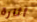
أثارة